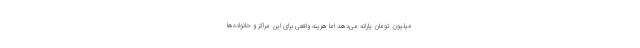
میلیون تومان یارانه می‌دهد اما هزینه واقعی برای این مراکز و خانواده‌ها